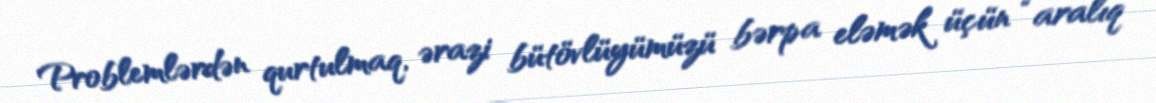
Problemlərdən qurtulmaq, ərazi bütövlüyümüzü bərpa eləmək üçün “aralıq”